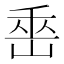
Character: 𡷩